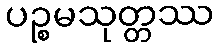
ပဉ္စမသုတ္တဿ